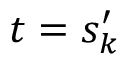
t = s _ { k } ^ { \prime }